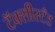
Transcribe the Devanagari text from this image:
टॅक्सीस्टँड